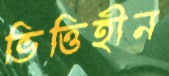
ভিত্তিহীন